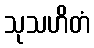
သုသဟိတံ